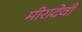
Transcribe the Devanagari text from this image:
मीरादेवी